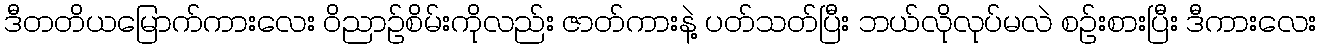
ဒီတတိယမြောက်ကားလေး ဝိညာဉ်စိမ်းကိုလည်း ဇာတ်ကားနဲ့ ပတ်သတ်ပြီး ဘယ်လိုလုပ်မလဲ စဉ်းစားပြီး ဒီကားလေး